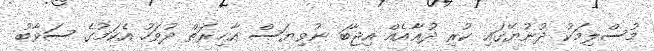
މުސްލިމަކު ދުނުޔޭގައި ކުރި ދުޢާއެއް އިޖާބަ ނުވިޔަސް އާޚިރަތް ދުވަހު އެކަމުގެ ސަވާބު